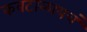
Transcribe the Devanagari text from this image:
कवटाळायचं